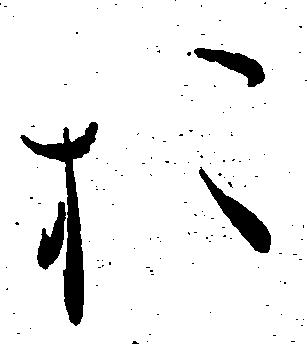
お